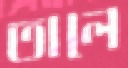
তালে